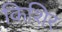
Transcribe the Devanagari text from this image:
किशिर